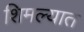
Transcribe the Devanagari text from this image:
शिमल्यात